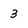
Character: 3